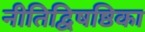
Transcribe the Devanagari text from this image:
नीतिद्विषष्ठिका